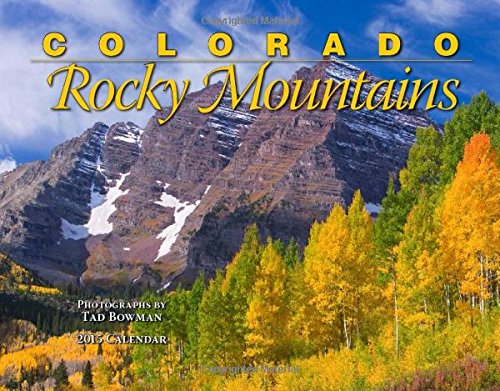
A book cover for Colorado Rocky Mountains 2015 Calendar; Tad Bowman; Calendars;